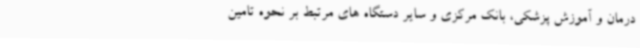
درمان و آموزش پزشکی، بانک مرکزی و سایر دستگاه های مرتبط بر نحوه تامین